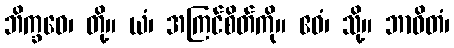
ဘိက္ခဝေ၊ တို့။ ယံ၊ အကြင်စိတ်ကို။ ဧဝံ၊ သို့။ ဘာဝိတံ၊